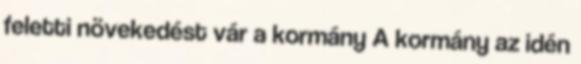
feletti növekedést vár a kormány A kormány az idén